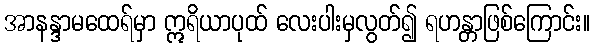
အာနန္ဒာမထေရ်မှာ ဣရိယာပုထ် လေးပါးမှလွတ်၍ ရဟန္တာဖြစ်ကြောင်း။